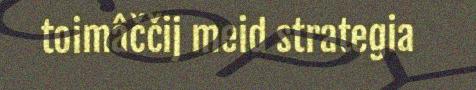
toimâččij meid strategia